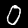
Digit: 0